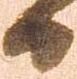
日